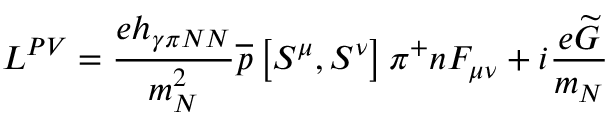
{ \cal L } ^ { P V } = \frac { e h _ { \gamma \pi N N } } { m _ { N } ^ { 2 } } \overline { { { p } } } \left[ S ^ { \mu } , S ^ { \nu } \right] \pi ^ { + } n F _ { \mu \nu } + i \frac { e \widetilde { G } } { m _ { N } }